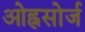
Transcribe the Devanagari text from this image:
ओह्नसोर्ज